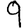
Digit: 9